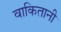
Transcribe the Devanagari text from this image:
वाकितानी